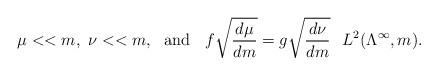
LaTeX: \begin{align*}\mu << m,\ \nu << m,\ \hbox{ and }\;\; f \sqrt{\frac{d\mu}{dm}} = g \sqrt{\frac{d\nu}{dm}} \;\; \, L^2(\Lambda^\infty, m).\end{align*}